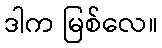
ဒါက မြစ်လေ။